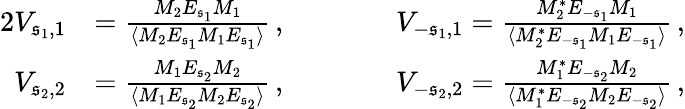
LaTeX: \begin{array}{rlrl}{{2}V_{\mathfrak{s}_{1},1}}&{=\frac{M_{2}E_{\mathfrak{s}_{1}}M_{1}}{\langle M_{2}E_{\mathfrak{s}_{1}}M_{1}E_{\mathfrak{s}_{1}}\rangle}\, ,\qquad}&&{V_{-\mathfrak{s}_{1},1}=\frac{M_{2}^{*}E_{-\mathfrak{s}_{1}}M_{1}}{\langle M_{2}^{*}E_{-\mathfrak{s}_{1}}M_{1}E_{-\mathfrak{s}_{1}}\rangle}\, ,}\\ {V_{\mathfrak{s}_{2},2}}&{=\frac{M_{1}E_{\mathfrak{s}_{2}}M_{2}}{\langle M_{1}E_{\mathfrak{s}_{2}}M_{2}E_{\mathfrak{s}_{2}}\rangle}\, ,\qquad}&&{V_{-\mathfrak{s}_{2},2}=\frac{M_{1}^{*}E_{-\mathfrak{s}_{2}}M_{2}}{\langle M_{1}^{*}E_{-\mathfrak{s}_{2}}M_{2}E_{-\mathfrak{s}_{2}}\rangle}\, ,}\end{array}